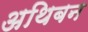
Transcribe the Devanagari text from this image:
अथिबन